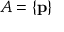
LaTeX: A = \{ \mathbf { p } \}